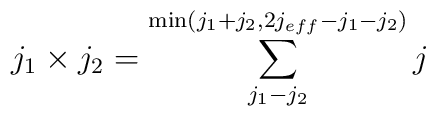
j_1\times j_2=\sum_{j_1-j_2}^{\min(j_1+j_2,2j_{eff}-j_1-j_2)}j